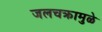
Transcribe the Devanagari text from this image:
जलचक्रामुळे